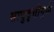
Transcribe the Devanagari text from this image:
साधुवृत्तीमुळे